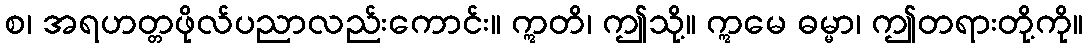
စ၊ အရဟတ္တဖိုလ်ပညာလည်းကောင်း။ ဣတိ၊ ဤသို့။ ဣမေ ဓမ္မာ၊ ဤတရားတို့ကို။